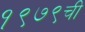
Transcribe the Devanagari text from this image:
१९७९ची